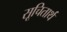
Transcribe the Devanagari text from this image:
सूचितार्थ